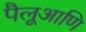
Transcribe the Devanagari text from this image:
पैलूआणि